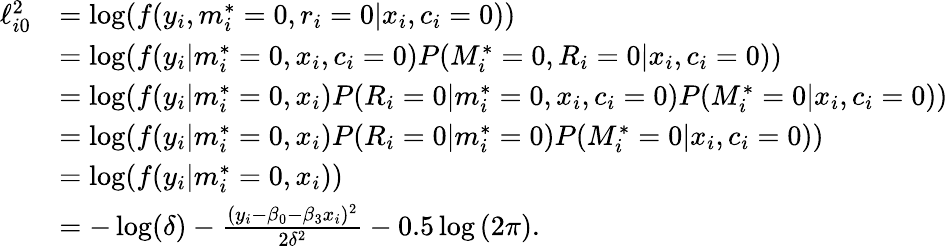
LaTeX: \begin{array}{rl}{\ell_{i0}^{2}}&{=\log(f(y_{i},m_{i}^{*}=0,r_{i}=0|x_{i},c_{i}=0))}\\ &{=\log(f(y_{i}|m_{i}^{*}=0,x_{i},c_{i}=0)P(M_{i}^{*}=0,R_{i}=0|x_{i},c_{i}=0))}\\ &{=\log(f(y_{i}|m_{i}^{*}=0,x_{i})P(R_{i}=0|m_{i}^{*}=0,x_{i},c_{i}=0)P(M_{i}^{*}=0|x_{i},c_{i}=0))}\\ &{=\log(f(y_{i}|m_{i}^{*}=0,x_{i})P(R_{i}=0|m_{i}^{*}=0)P(M_{i}^{*}=0|x_{i},c_{i}=0))}\\ &{=\log(f(y_{i}|m_{i}^{*}=0,x_{i}))}\\ &{=-\log(\delta)-\frac{(y_{i}-\beta_{0}-\beta_{3}x_{i})^{2}}{2\delta^{2}}-0.5\log{(2\pi)}.}\end{array}